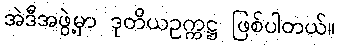
အဲဒီအဖွဲ့မှာ ဒုတိယဥက္ကဋ္ဌ ဖြစ်ပါတယ်။